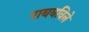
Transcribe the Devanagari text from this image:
राबवविले